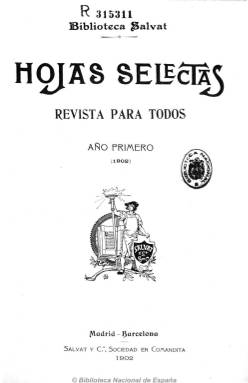
Título: Hojas selectas
Colección: Revistas de información general
Ámbito geográfico: Barcelona
Lugar de publicación: Barcelona
Fechas: 01/01/1902-31/12/1921

Subtitulada como “revista para todos”, fue fundada por Pablo Salvat e impresa en su Establecimiento tipo-litográfico barcelonés. De periodicidad mensual, con números de un centenar de páginas y paginación continuada forma tomos anuales, con un índice al final. Profusamente ilustrada con fotografías de actualidad, grabados y dibujos en blanco y negro y coloreados, contiene artículos y reportajes de información política tanto nacional como extranjera, dedicando especial atención a los países hispanoaméricanos, en donde tuvo una amplia difusión.

Asimismo incluye textos de creación literaria, tanto en verso como en prosa, como novelas, cuentos, obras teatrales y literatura festiva, y también partituras musicales. También incorporaba láminas aparte.

Además de temas de actualidad informativa, los artículos y reportajes versan sobre historia, biografía, botánica, zoología, arqueología, arte, literatura, exposiciones, fotografía artística, navegación, sociedad, modas, ciencia, industria, etc. También da cabida a las narraciones de excursiones, viajes, aventuras y costumbres, y al humor y las tiras cómicas. Dos de sus secciones son “Panorama universal” y “Gaceta de la mujer”.

Sus autores son tanto españoles como hispanoaméricanos y otros extranjeros con textos traducidos. Entre los primeros figura Gregorio Martínez Sierra, que fue además encargado de la sucursal administrativa de la revista instalada en Madrid, así como José Echegaray y Francisco Acebal. Entre los ilustradores, destacan Apeles Mestres, C. Lezcano o José Segrelles.

Siguió siendo editada por Fernando y Santiago Salvat, que actuaron como directores, representando un cúmulo de recogida de información para la Biblioteca Salvat que empezaron también a editar. El último tomo de la colección contiene un índice general de las dos décadas de existencia de la revista.